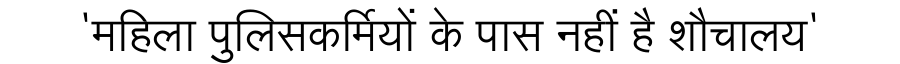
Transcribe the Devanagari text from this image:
'महिला पुलिसकर्मियों के पास नहीं है शौचालय'